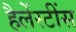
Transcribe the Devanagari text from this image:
हैलेंस्टींस